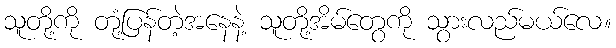
သူတို့ကို တုံ့ပြန်တဲ့အနေနဲ့ သူတို့အိမ်တွေကို သွားလည်မယ်လေ။